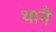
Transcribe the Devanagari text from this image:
थानै